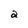
Character: a